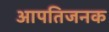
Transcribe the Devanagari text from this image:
आपतिजनक